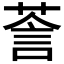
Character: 𮏵